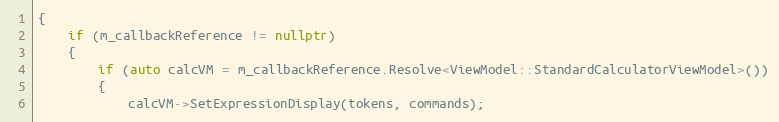
Language: C++
{
    if (m_callbackReference != nullptr)
    {
        if (auto calcVM = m_callbackReference.Resolve<ViewModel::StandardCalculatorViewModel>())
        {
            calcVM->SetExpressionDisplay(tokens, commands);